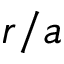
r / a